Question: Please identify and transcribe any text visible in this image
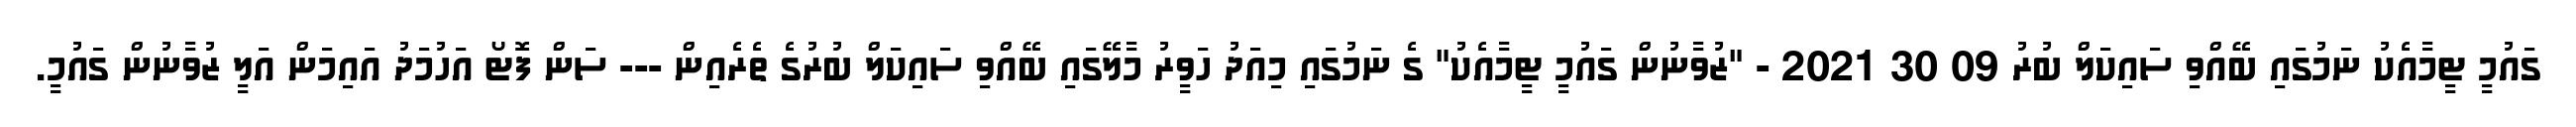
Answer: ގައުމީ ޓީމާއެކު ނަމުގައި ބޭއްވި ސައިކަލް ބުރު 09 30 2021 - "ޒުވާނުން ގައުމީ ޓީމާއެކު" ގެ ނަމުގައި މިއަދު ހަވީރު މާލޭގައި ބޭއްވި ސައިކަލް ބުރުގެ ތެރެއިން --- ސަން ފޮޓޯ އަހުމަދު އައިމަން އަލީ ޒުވާނުން ގައުމީ.